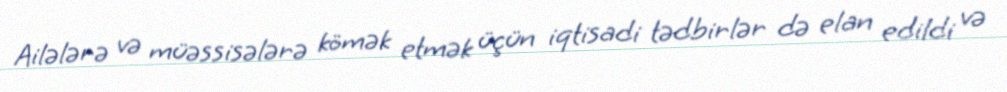
Ailələrə və müəssisələrə kömək etmək üçün iqtisadi tədbirlər də elan edildi və